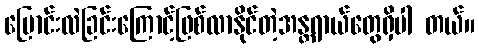
ပြောင်းလဲခြင်းကြောင့်ဖြစ်လာနိုင်တဲ့အန္တရာယ်တွေရှိပါ တယ်။